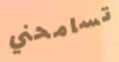
تسامحني